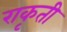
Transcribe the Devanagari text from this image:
राकृती